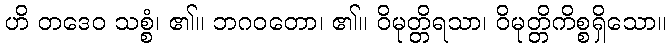
ဟိ တဒေဝ သစ္စံ၊ ၏။ ဘဂဝတော၊ ၏။ ဝိမုတ္တိရသာ၊ ဝိမုတ္တိကိစ္စရှိသော။